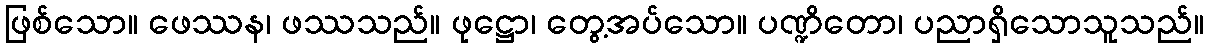
ဖြစ်သော။ ဖေဿန၊ ဖဿသည်။ ဖုဋ္ဌော၊ တွေ့အပ်သော။ ပဏ္ဍိတော၊ ပညာရှိသောသူသည်။